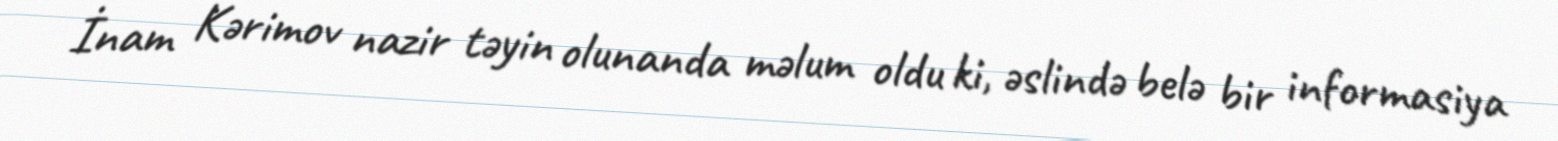
İnam Kərimov nazir təyin olunanda məlum oldu ki, əslində belə bir informasiya